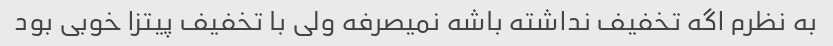
به نظرم اگه تخفیف نداشته باشه نمیصرفه ولی با تخفیف پیتزا خوبی بود